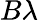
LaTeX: B\lambda